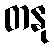
တနု